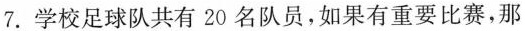
7.学校足球队共有20名队员，如果有重要比赛，那